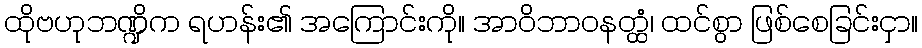
ထိုဗဟုဘဏ္ဍိက ရဟန်း၏ အကြောင်းကို။ အာဝိဘာဝနတ္ထံ၊ ထင်စွာ ဖြစ်စေခြင်းငှာ။